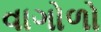
વાગોળો